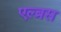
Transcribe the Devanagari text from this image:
एल्ब्रस